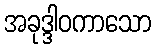
အခုဒ္ဒါဝကာသော